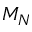
M _ { N }